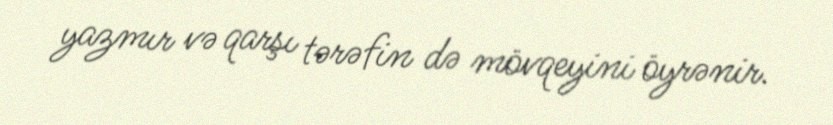
yazmır və qarşı tərəfin də mövqeyini öyrənir.